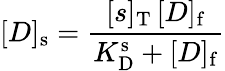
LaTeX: [D]_{\mathrm{s}}=\frac{[s]_{\mathrm{T}}\, [D]_{\mathrm{f}}}{K_{\mathrm{D}}^{\mathrm{s}}+[D]_{\mathrm{f}}}